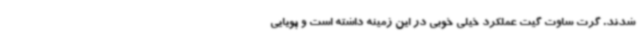
شدند. گرت ساوت گیت عملکرد خیلی خوبی در این زمینه داشته است و پویایی